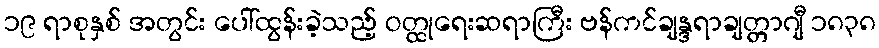
၁၉ ရာစုနှစ် အတွင်း ပေါ်ထွန်းခဲ့သည့် ဝတ္ထုရေးဆရာကြီး ဗန်ကင်ချန္ဒရာချတ္တာဂျီ ၁၈၃၈